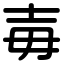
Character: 毐